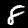
Label: 8